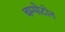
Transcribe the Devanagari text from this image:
चम्पोटोन